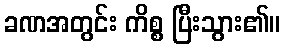
ခဏအတွင်း ကိစ္စ ပြီးသွား၏။